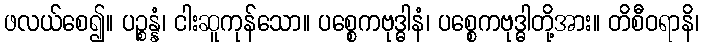
ဖလယ်စေ၍။ ပဉ္စန္နံ၊ ငါးဆူကုန်သော။ ပစ္စေကဗုဒ္ဓါနံ၊ ပစ္စေကဗုဒ္ဓါတို့အား။ တိစီဝရာနိ၊